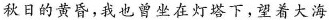
秋日的黄昏，我也曾坐在灯塔下，望着大海